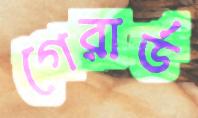
গেরার্ড